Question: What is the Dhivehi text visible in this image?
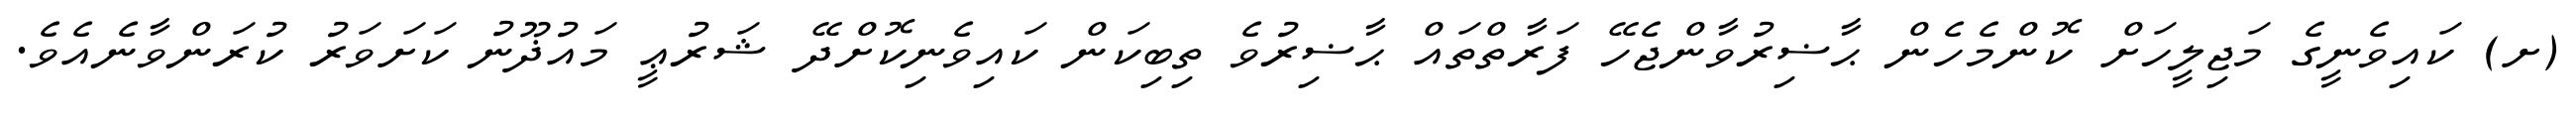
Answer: (ށ) ކައިވެނީގެ މަޖިލީހަށް ކޮންމެހެން ޙާޟިރުވާންޖެހޭ ފަރާތްތައް ޙާޟިރުވެ ތިބިކަން ކައިވެނިކޮށްދޭ ޝަރުޢީ މައުޛޫނު ކަށަވަރު ކުރަންވާނެއެވެ.